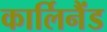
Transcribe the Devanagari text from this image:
कार्लिनैंड